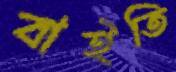
বাইতি